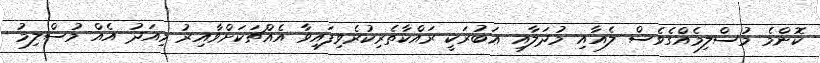
ކޮންމެ މުސްލިމެއްގެވެސް ލެއާއި މުދަލާއި ޢަބުރަކީ ރައްކާތެރިކުރެވިފައިވާ އެއްޗަކަށްވާއިރު މިއަދު އެއް މުސްލިމު